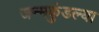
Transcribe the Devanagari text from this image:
जन्मकुंडल्या